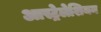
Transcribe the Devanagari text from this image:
आस्ट्रेलेशियन